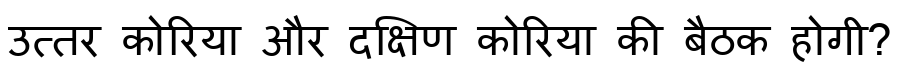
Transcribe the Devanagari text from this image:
उत्तर कोरिया और दक्षिण कोरिया की बैठक होगी?